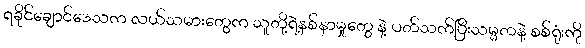
ရခိုင်ချောင်ဒေသက လယ်သမားတွေက သူတို့ရဲ့နစ်နာမှုတွေ နဲ့ ပတ်သက်ပြီးသမ္မတနဲ့ စစ်ရုံးကို